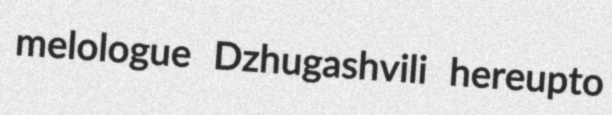
melologue Dzhugashvili hereupto